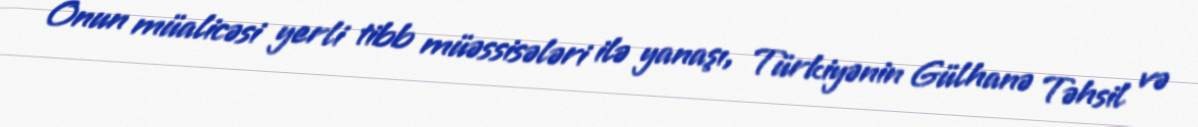
Onun müalicəsi yerli tibb müəssisələri ilə yanaşı, Türkiyənin Gülhanə Təhsil və